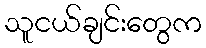
သူငယ်ချင်းတွေက